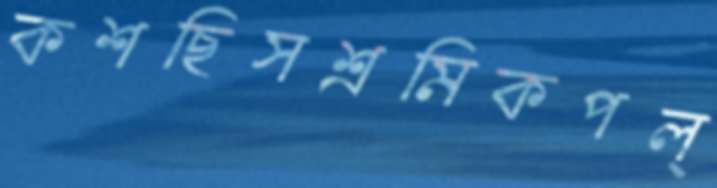
কশছিসশ্রমিকপল্